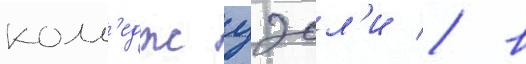
колл'едж уэсл'и / в